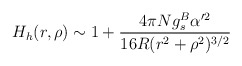
\begin{align*}H_h(r, \rho) \sim 1 + \frac{4\pi N g^B_s \alpha^{\prime 2}}{16 R(r^2+\rho^2)^{3/2}} \end{align*}